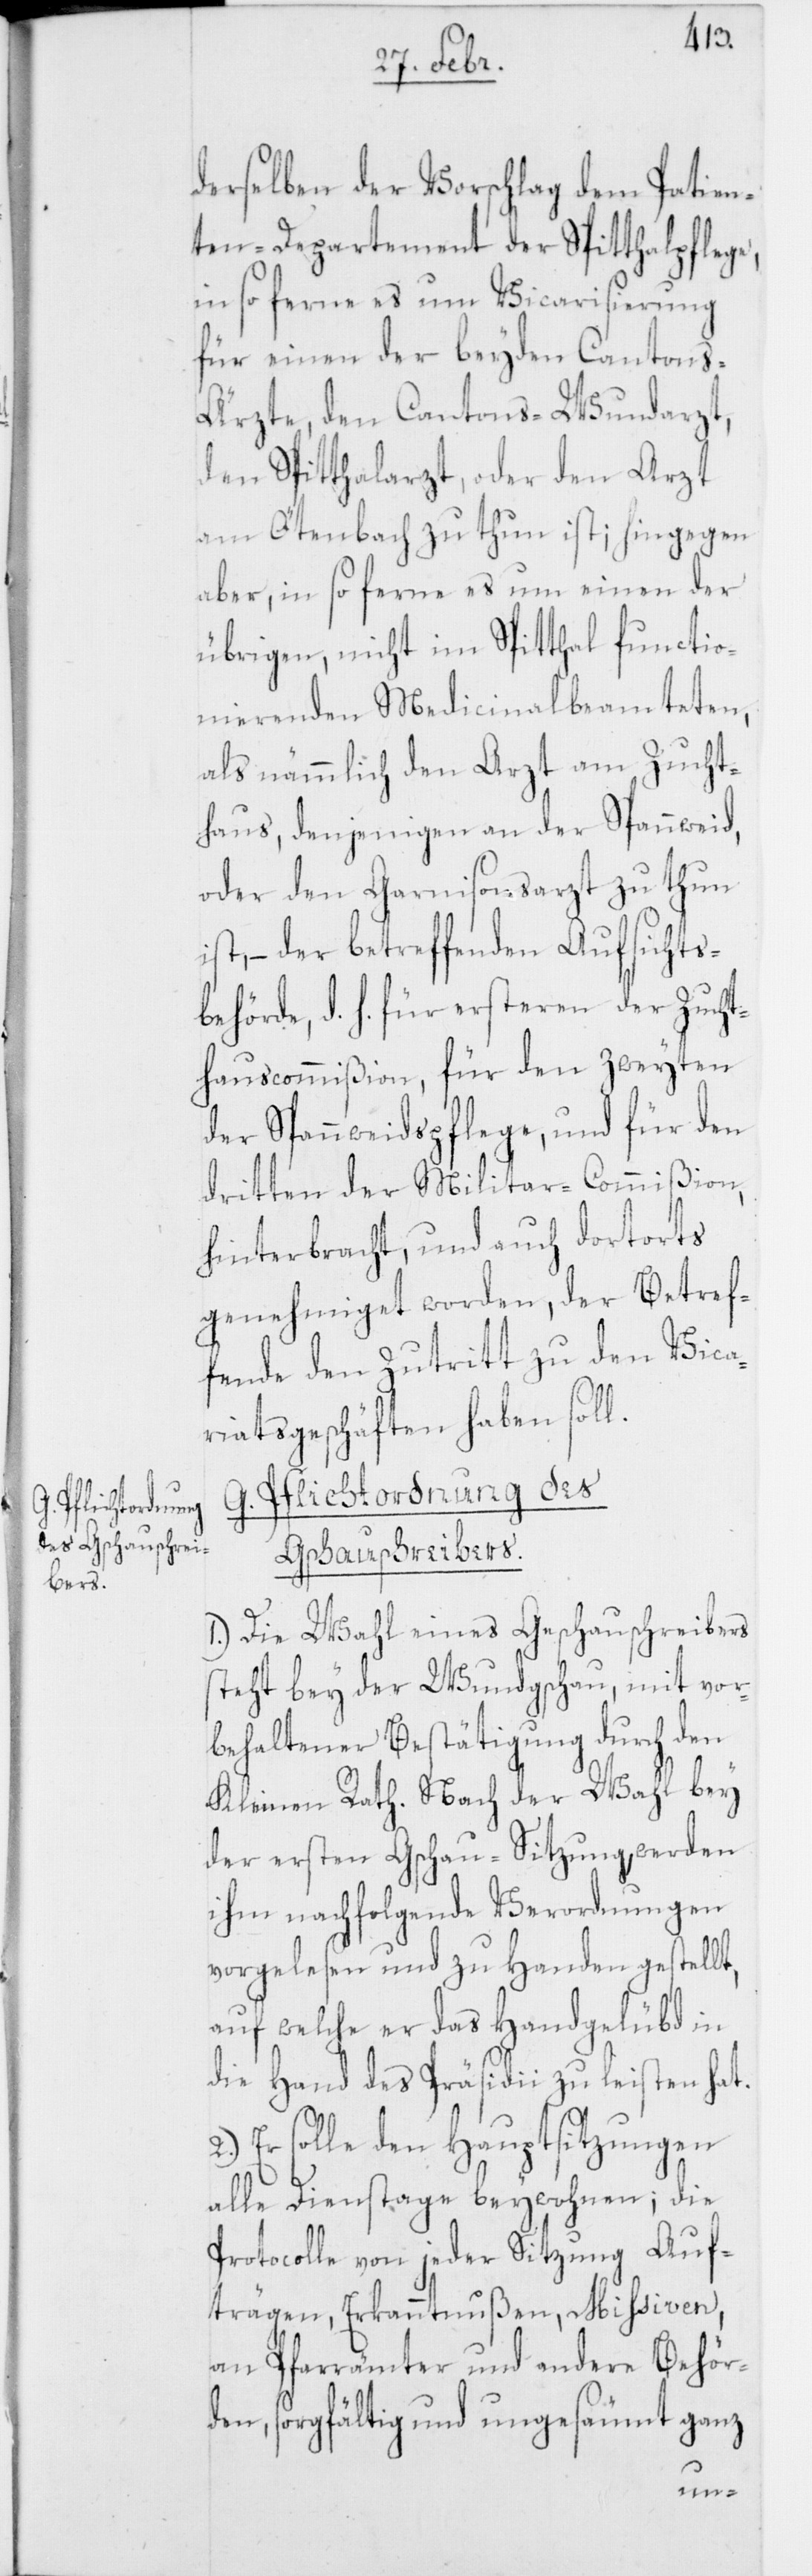
G. Pflichtordnung
des Gschauschrei¬
bers.

derselben der Vorschlag dem Patien¬
ten-Departement der Spitthalpflege,
in so ferne es um Vicarisierung
für einen der beyden Canton¬
s-Ärzte, den Cantons-Wundarzt,
den Spitthalarzt, oder den Arzt
am Oetenbach zu thun ist; hingegen
aber, in so ferne es um einen der
übrigen, nicht im Spitthal functio¬
nierenden Medicinalbeamteten,
als nämmlich den Arzt am Zucht¬
haus, denjenigen an der Spannweid,
oder den Garnisonsarzt zu thun
ist, – der betreffenden Aufsichts¬
behörde, d. h. für ersteren der Zucht¬
hauscommißion, für den zweyten
der Spannweidspflege, und für den
dritten der Militar-Commißion,
hinterbracht, und auch dortorts
genehmiget worden, der Betref¬
fende den Zutritt zu den Vica¬
riatsgeschäften haben soll.
1.) Die Wahl eines Gschauschreibers
steht bey der Wundgschau, mit vor¬
behaltener Bestätigung durch den
Kleinen Rath. Nach der Wahl bey
der ersten Gschau-Sitzung, werden
ihm nachfolgende Verordnungen
vorgelesen und zu Handen gestellt,
auf welche er das Handgelübd in
die Hand des Präsidii zu leisten hat.
2.) Er solle den Hauptsitzungen
alle Dienstage beywohnen; die
Protocolle von jeder Sitzung Auf¬
trägen, Erkanntnußen, Missiven,
an Pfarrämter und andere Behör¬
den, sorgfältig und ungesäumt ganz